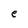
Character: e